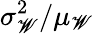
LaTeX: \sigma_{\mathscr{W}}^{2}/\mu_{\mathscr{W}}